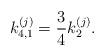
LaTeX: \begin{align*}k_{4,1}^{(j)}=\frac{3}{4}k_2^{(j)}.\end{align*}